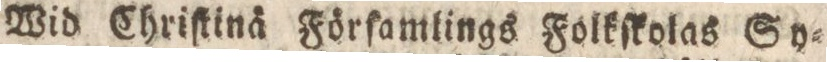
Wid Chriſtinå Förſamlings Folkſkolas Sy=